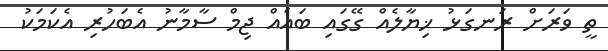
ތީ ވަރަށް ރަނގަޅު ޚިޔާލެއް ގޭގައި ބައެއް ޖިމް ސާމާނު އެބަހުރި އެކަމަކު